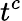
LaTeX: t^{c}